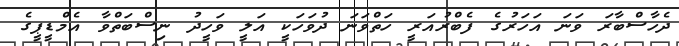
ދެހާސްބާރަ ވަނަ އަހަރުގެ ފެބްރުއަރީ ހަތްވަނަ ދުވަހަކީ އަލީ ވަހީދު ނިސްބަތްވާ އެމްޑީޕީގެ